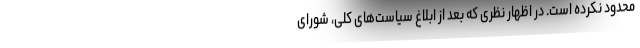
محدود نکرده است. در اظهار نظری که بعد از ابلاغ سیاست‌های کلی، شورای